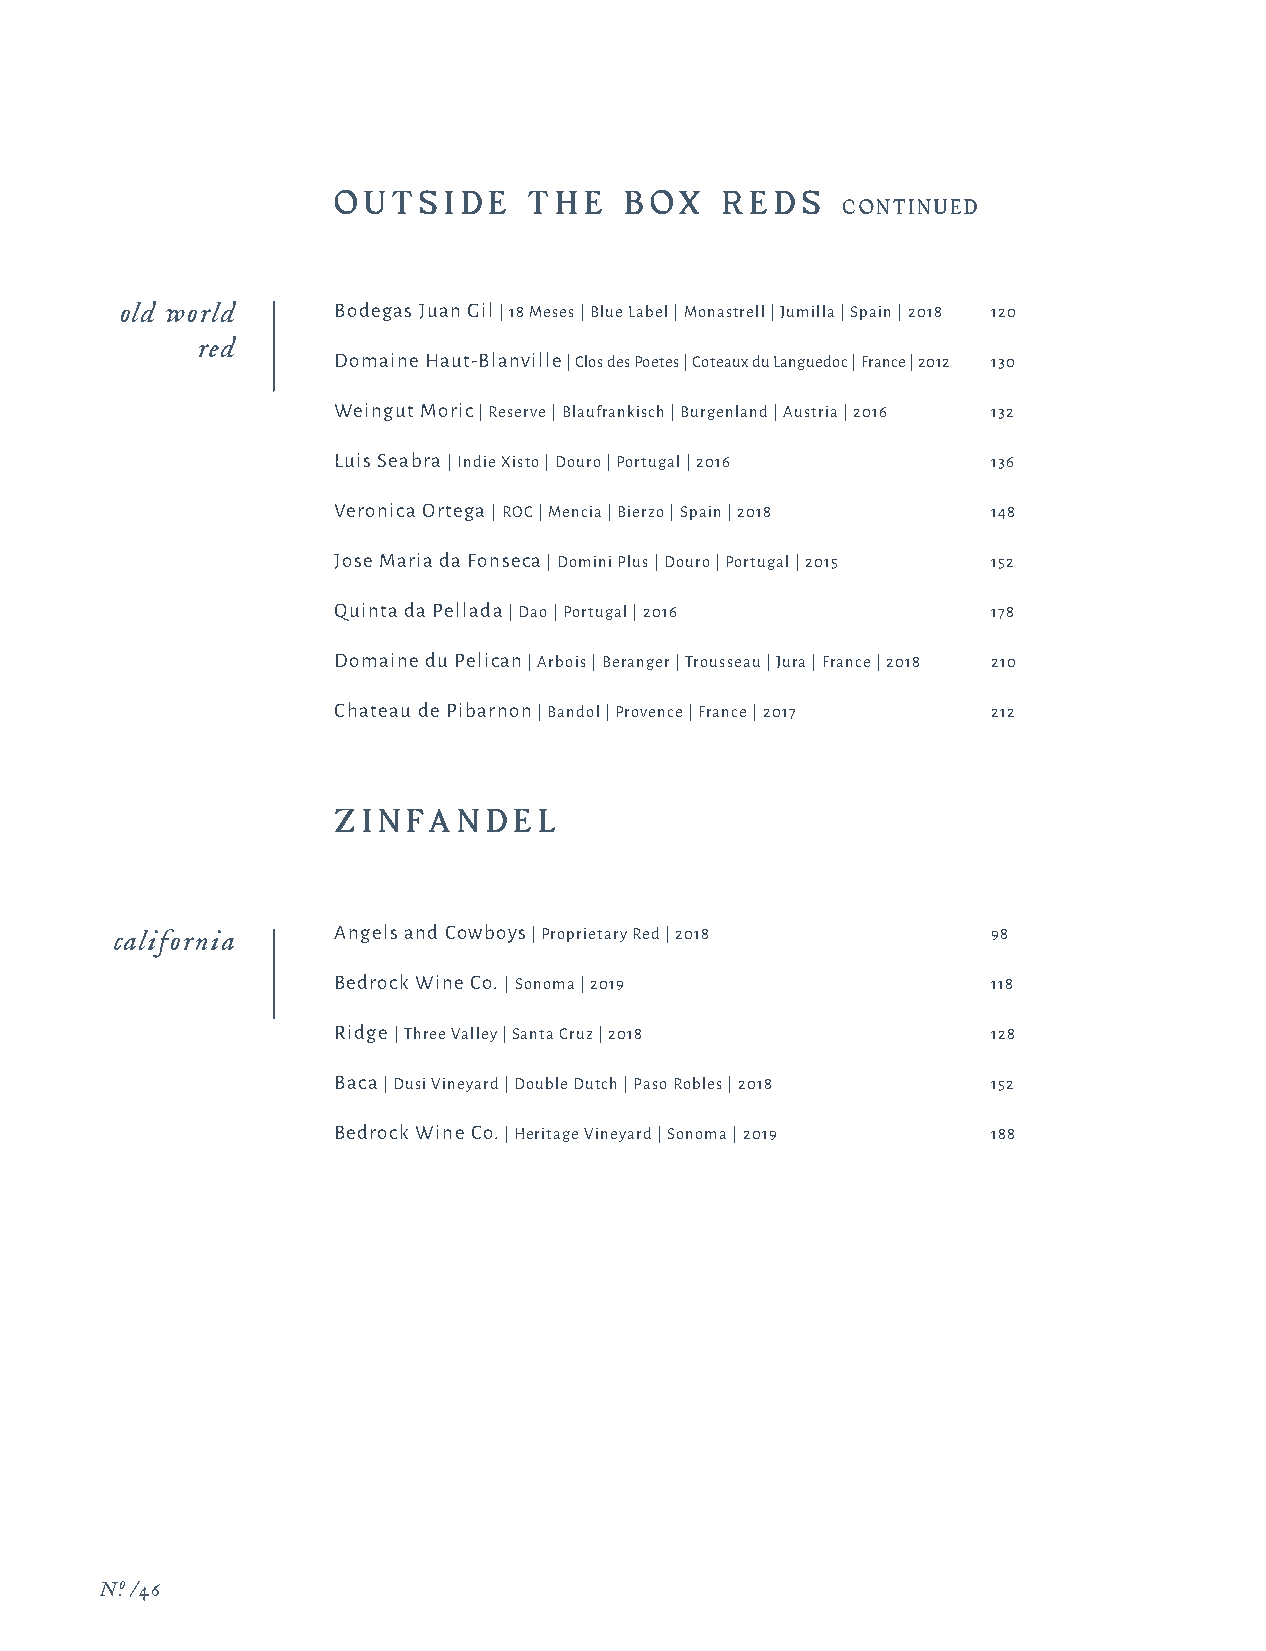
OU  T SI DE  TH  E B OX   R ED S
 CONTINUED
 old world     Bodegas Juan Gil | 18 Meses | Blue Label | Monastrell | Jumilla | Spain | 2018 120
 red
 Domaine Haut-Blanville | Clos des Poetes | Coteaux du Languedoc | France | 2012 130
 Weingut Moric | Reserve | Blaufrankisch | Burgenland | Austria | 2016 132
 Luis Seabra | Indie Xisto | Douro | Portugal | 2016 136
 Veronica Ortega | ROC | Mencia | Bierzo | Spain | 2018 148
 Jose Maria da Fonseca | Domini Plus | Douro | Portugal | 2015 152
 Quinta da Pellada | Dao | Portugal | 2016   178
 Domaine du Pelican | Arbois | Beranger | Trousseau | Jura | France | 2018 210
 Chateau de Pibarnon | Bandol | Provence | France | 2017 212
 Z I N FA N DEL
 california    Angels and Cowboys | Proprietary Red | 2018 98
 Bedrock Wine Co. | Sonoma | 2019            118
 Ridge | Three Valley | Santa Cruz | 2018    128
 Baca | Dusi Vineyard | Double Dutch | Paso Robles | 2018 152
 Bedrock Wine Co. | Heritage Vineyard | Sonoma | 2019 188
 N.o /46